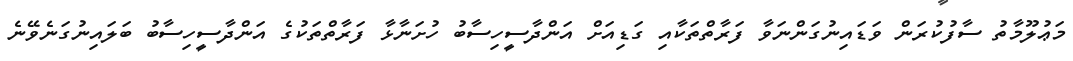
މަޢުލޫމާތު ސާފުކުރަން ވަޑައިނުގަންނަވާ ފަރާތްތަކާއި ގަޑިއަށް އަންދާސީހިސާބު ހުށަނާޅާ ފަރާތްތަކުގެ އަންދާސީހިސާބު ބަލައިނުގަނެވޭނެ